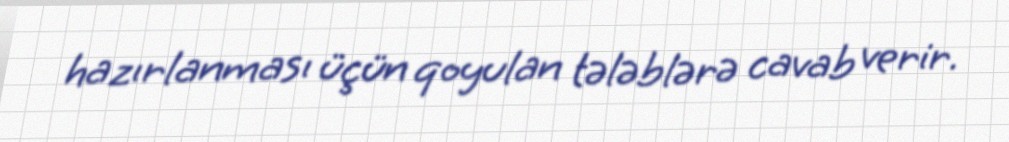
hazırlanması üçün qoyulan tələblərə cavab verir.